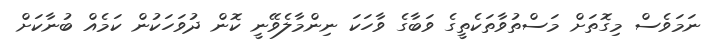
ނަމަވެސް މިގޮތަށް މަސްތުވާތަކެތީގެ ވަބާގެ ވާހަކަ ނިންމާލެވޭނީ ކޮން ދުވަހަކުން ކަމެއް ބުނާކަށް